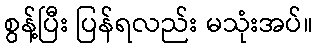
စွန့်ပြီး ပြန်ရလည်း မသုံးအပ်။